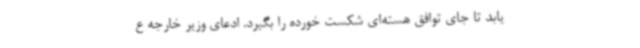
یابد تا جای توافق هسته‌ای شکست خورده را بگیرد. ادعای وزیر خارجه ع